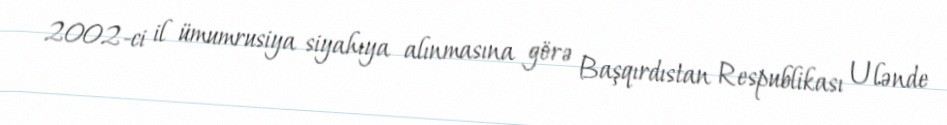
2002-ci il ümumrusiya siyahıya alınmasına görə Başqırdıstan Respublikası Ulənde